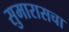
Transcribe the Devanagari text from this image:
सुमारासचा